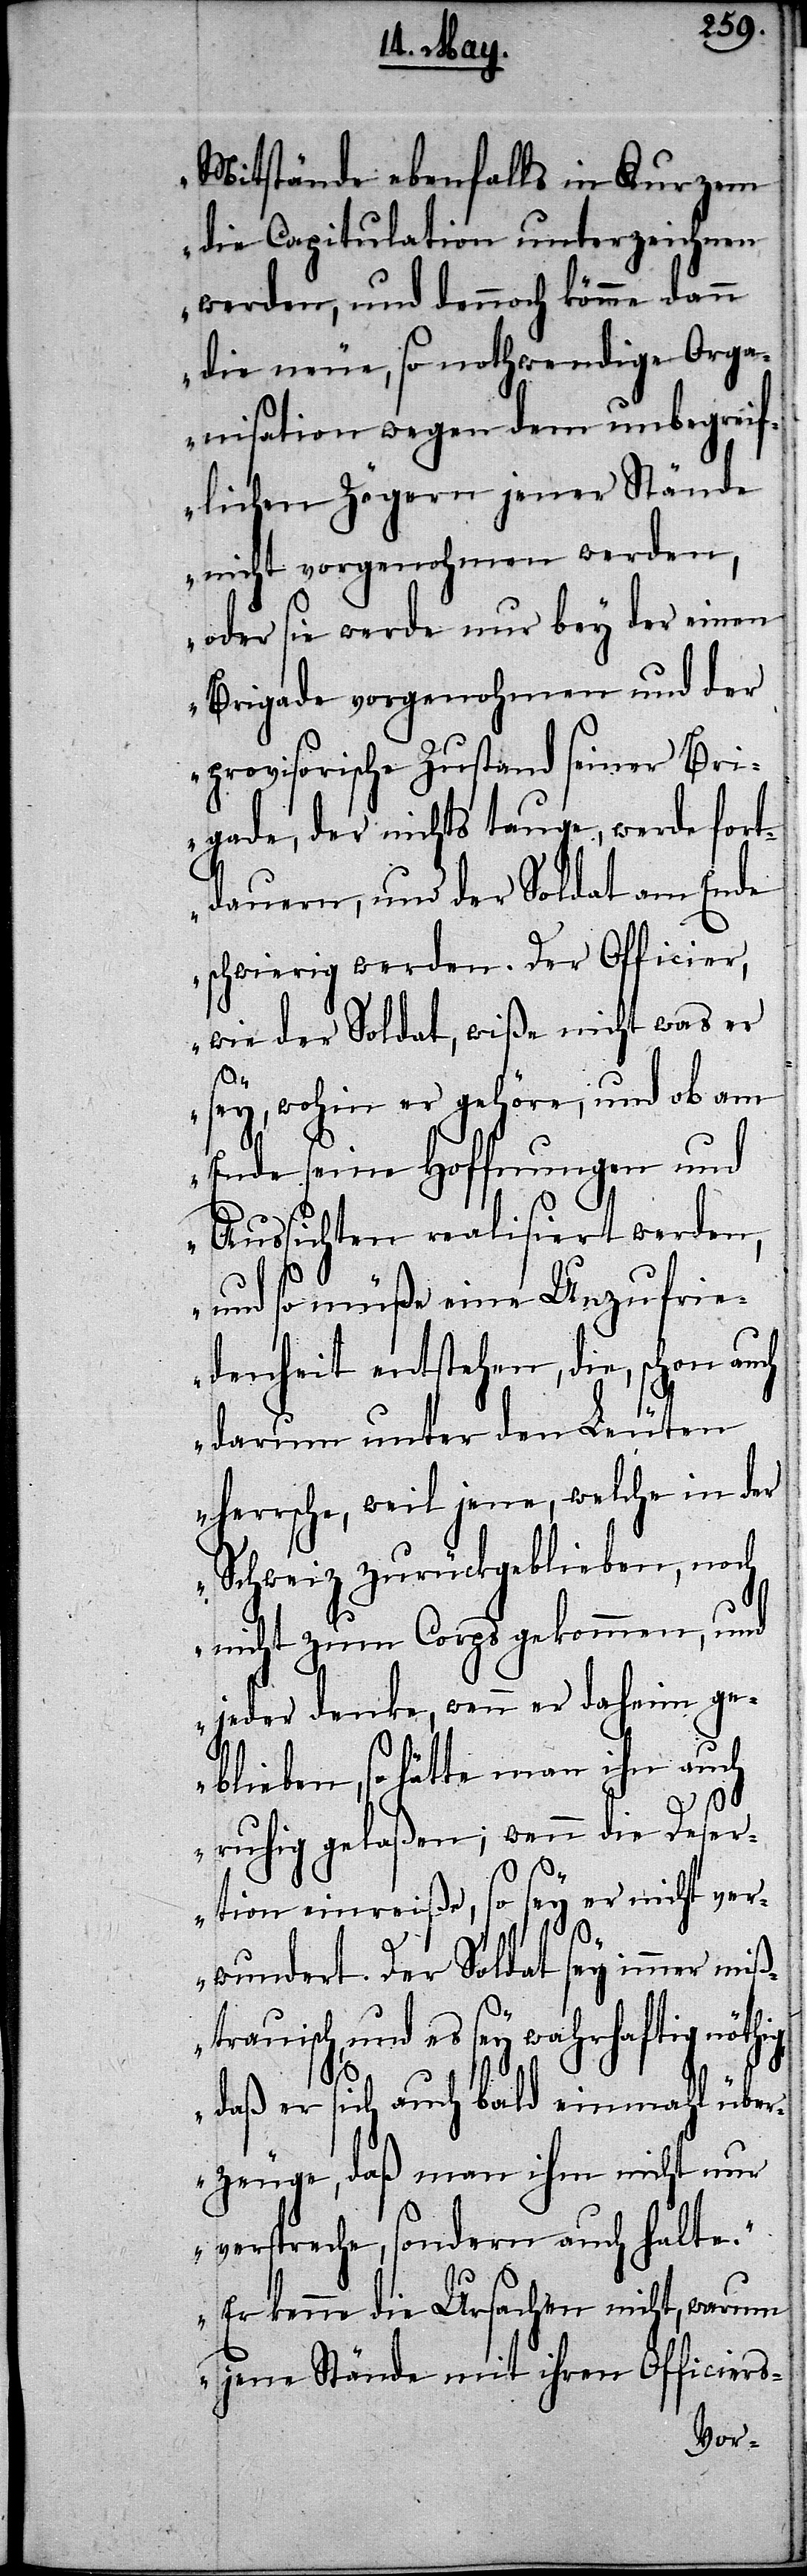
Mitstände ebenfalls in Kurzem
die Capitulation unterzeichnen
werden, und dennoch könne dann
die neue, so nothwendige Orga¬
nisation wegen dem unbegreif¬
lichen Zögern jener Stände
nicht vorgenohmen werden,
oder sie werde nur bey der einen
Brigade vorgenohmen und der
provisorische Zustand seiner Bri¬
gade, der nichts tauge, werde fort¬
dauern, und der Soldat am Ende
schwierig werden. Der Officier,
wie der Soldat, wiße nicht was er
sey, wohin er gehöre, und ob am
Ende seine Hoffnungen und
Aussichten realisiert werden,
und so müße eine Unzufrie¬
denheit entstehen, die, schon auch
darum unter den Leuten
herrsche, weil jene, welche in der
Schweiz zurückgeblieben, noch
nicht zum Corps gekommen, und
jeder denke, wenn er daheim ge¬
blieben, so hätte man ihn auch
g,
ruhig gelaßen; wenn die Deser¬
tion einreiße, so sey er nicht ver¬
wundert. Der Soldat sey immer mißt¬
rauisch, und es sey wahrhaftig nöthi¬
daß er sich auch bald einemahl übe¬
rzeuge, daß man ihm nicht nur
verspreche, sondern auch halte.
Er kenne die Ursachen nicht, warum
jene Stände mit ihren Officiers-